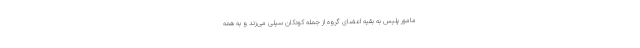
مامور پلیس به بقیه اعضای گروه از جمله کودکان سیلی می‌زند و به همه